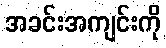
အခင်းအကျင်းကို